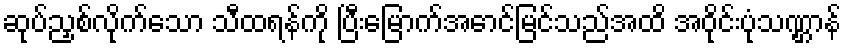
ဆုပ်ညှစ်လိုက်သော သီထရန်ကို ပြီးမြောက်အောင်မြင်သည်အထိ အဝိုင်းပုံသဏ္ဌာန်